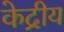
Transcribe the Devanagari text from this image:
केद्रीय